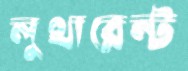
লুথারেন্ট